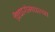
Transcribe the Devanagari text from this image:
विचारांमधल्या